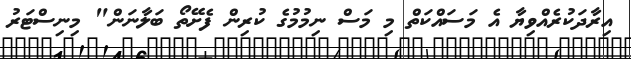
އިރާދަކުރެއްވިޔާ އެ މަސައްކަތް މި މަސް ނިމުމުގެ ކުރިން ފެށޭތޯ ބަލާނަން" މިނިސްޓަރު